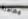
مظاهرة